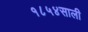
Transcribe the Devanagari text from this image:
१८५४साली